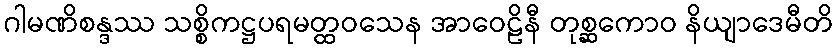
ဂါမဏိစန္ဒဿ သစ္စိကဋ္ဌပရမတ္ထဝသေန အာဝေဠိနီ တုစ္ဆကောဝ နိယျာဒေမီတိ